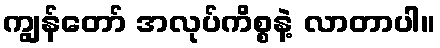
ကျွန်တော် အလုပ်ကိစ္စနဲ့ လာတာပါ။